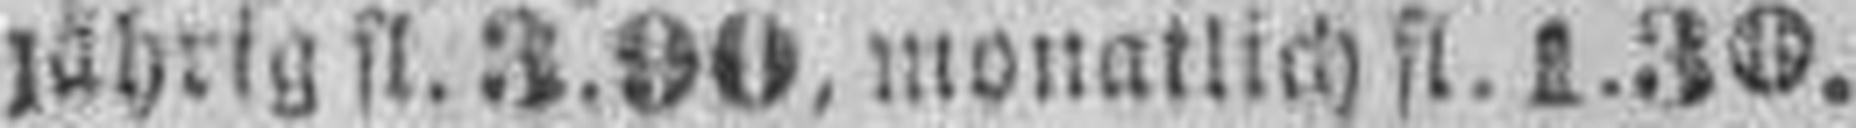
jährig fl. 3.90, monatlich fl. 1.30.